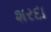
શરદા